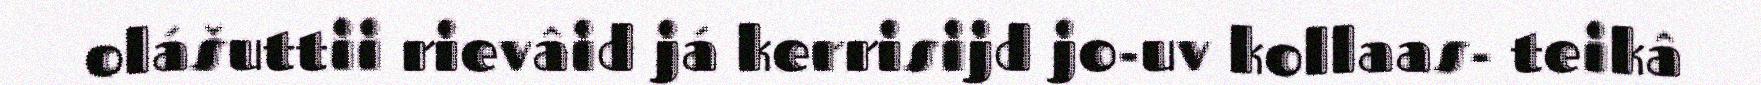
olášuttii rievâid já kerrisijd jo-uv kollaas- teikâ